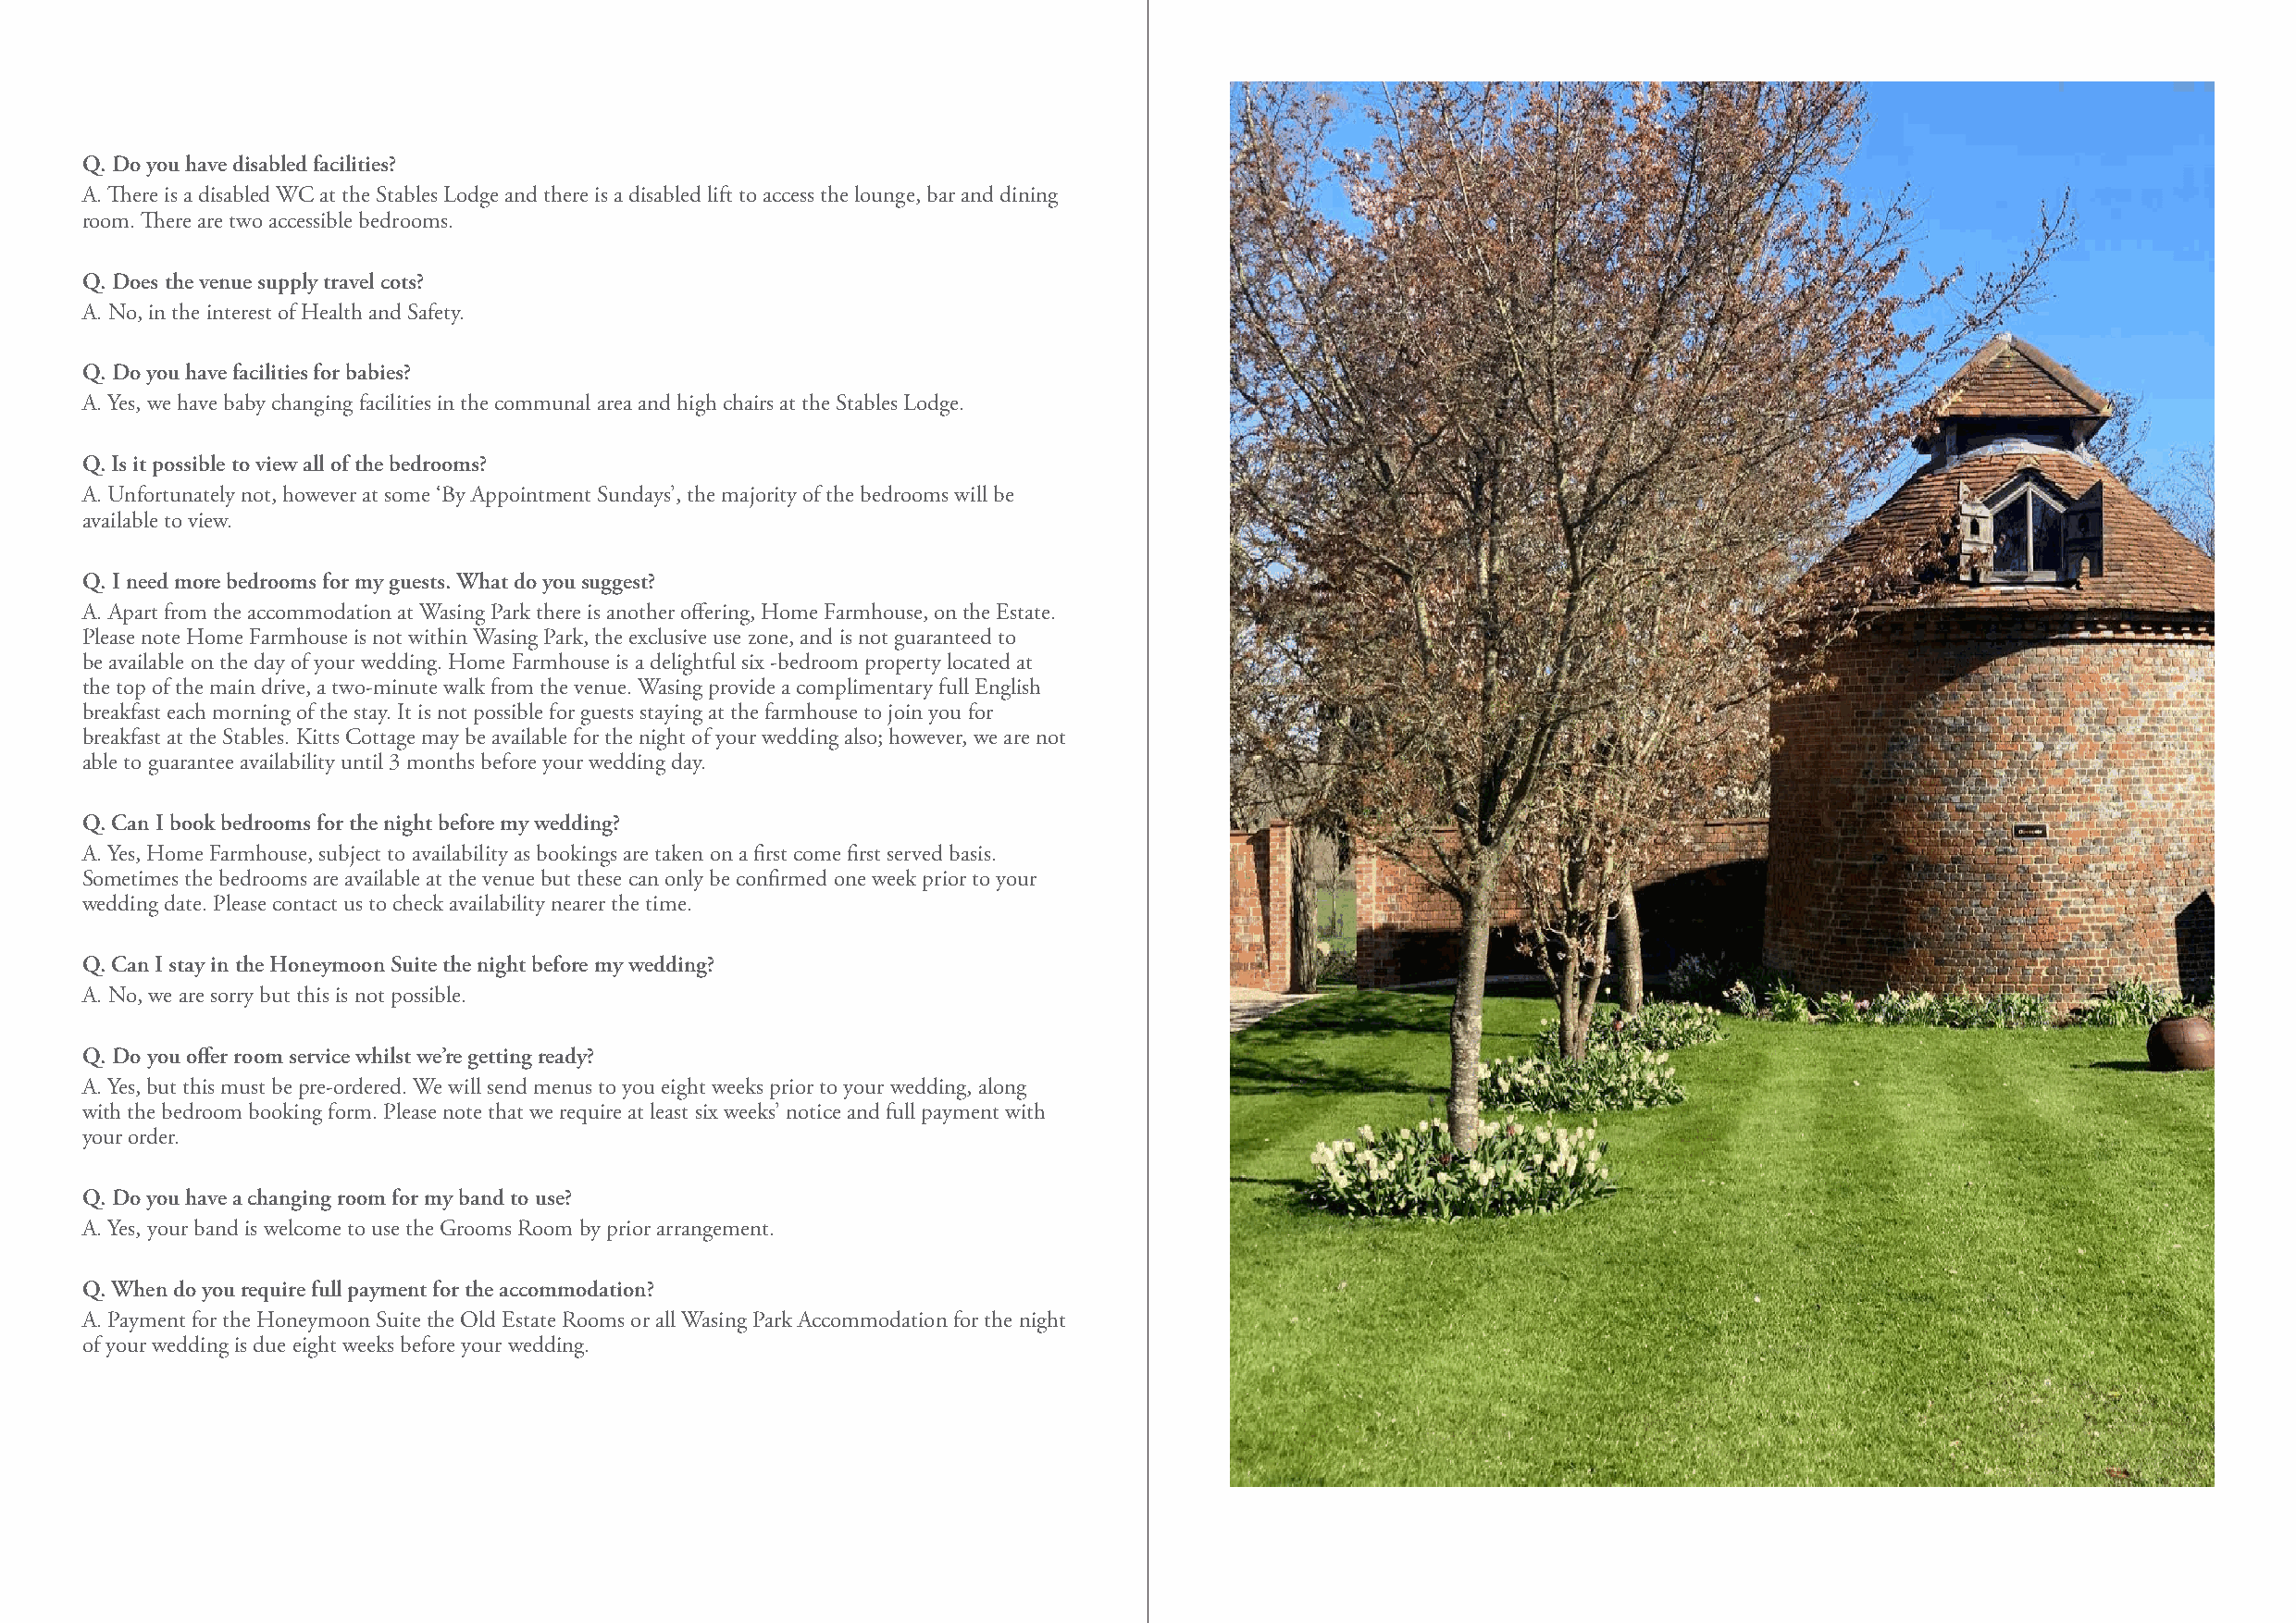
Q. Do you have disabled facilities?
 A. There is a disabled WC at the Stables Lodge and there is a disabled lift to access the lounge, bar and dining
 room. There are two accessible bedrooms.
 Q. Does the venue supply travel cots?
 A. No, in the interest of Health and Safety.
 Q. Do you have facilities for babies?
 A. Yes, we have baby changing facilities in the communal area and high chairs at the Stables Lodge.
 Q. Is it possible to view all of the bedrooms?
 A. Unfortunately not, however at some ‘By Appointment Sundays’, the majority of the bedrooms will be
 available to view.
 Q. I need more bedrooms for my guests. What do you suggest?
 A. Apart from the accommodation at Wasing Park there is another offering, Home Farmhouse, on the Estate.
 Please note Home Farmhouse is not within Wasing Park, the exclusive use zone, and is not guaranteed to
 be available on the day of your wedding. Home Farmhouse is a delightful six -bedroom property located at
 the top of the main drive, a two-minute walk from the venue. Wasing provide a complimentary full English
 breakfast each morning of the stay. It is not possible for guests staying at the farmhouse to join you for
 breakfast at the Stables. Kitts Cottage may be available for the night of your wedding also; however, we are not
 able to guarantee availability until 3 months before your wedding day.
 Q. Can I book bedrooms for the night before my wedding?
 A. Yes, Home Farmhouse, subject to availability as bookings are taken on a first come first served basis.
 Sometimes the bedrooms are available at the venue but these can only be confirmed one week prior to your
 wedding date. Please contact us to check availability nearer the time.
 Q. Can I stay in the Honeymoon Suite the night before my wedding?
 A. No, we are sorry but this is not possible.
 Q. Do you offer room service whilst we’re getting ready?
 A. Yes, but this must be pre-ordered. We will send menus to you eight weeks prior to your wedding, along
 with the bedroom booking form. Please note that we require at least six weeks’ notice and full payment with
 your order.
 Q. Do you have a changing room for my band to use?
 A. Yes, your band is welcome to use the Grooms Room by prior arrangement.
 Q. When do you require full payment for the accommodation?
 A. Payment for the Honeymoon Suite the Old Estate Rooms or all Wasing Park Accommodation for the night
 of your wedding is due eight weeks before your wedding.